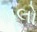
મૂલો